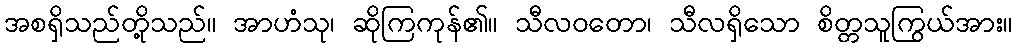
အစရှိသည်တို့သည်။ အာဟံသု၊ ဆိုကြကုန်၏။ သီလဝတော၊ သီလရှိသော စိတ္တသူကြွယ်အား။